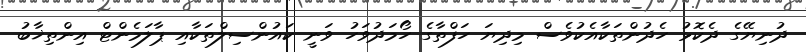
ދުނިޔޭގެ ދެކޮޅު ހެދުންތަކާއެކުވެސް މިދިޔަ ހަފްތާގެ ހޯމަދުވަހު ވަނީ ކައުންސިލްތަކާއި ޕާލަމެންޓް އިންތިޚާބު